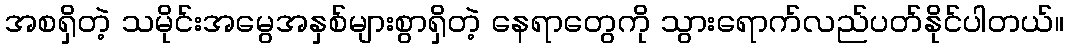
အစရှိတဲ့ သမိုင်းအမွေအနှစ်များစွာရှိတဲ့ နေရာတွေကို သွားရောက်လည်ပတ်နိုင်ပါတယ်။